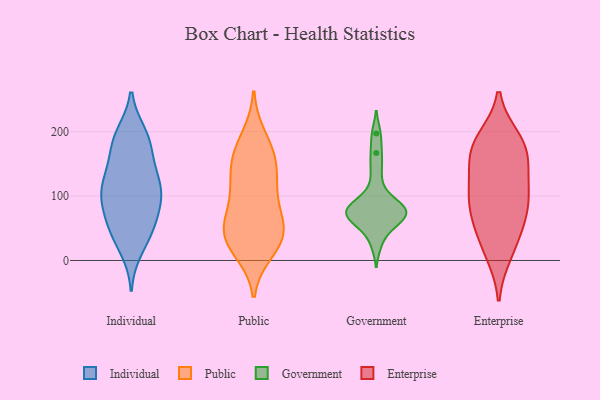
{"axis": {"x": "Budget (USD K)", "y": "Value"}, "legend": ["Enterprise", "Government", "Individual", "Public"], "data": [{"x": "", "y": 93, "type": "Individual"}, {"x": "", "y": 188, "type": "Individual"}, {"x": "", "y": 43, "type": "Individual"}, {"x": "", "y": 189, "type": "Individual"}, {"x": "", "y": 112, "type": "Individual"}, {"x": "", "y": 102, "type": "Individual"}, {"x": "", "y": 144, "type": "Individual"}, {"x": "", "y": 123, "type": "Individual"}, {"x": "", "y": 68, "type": "Individual"}, {"x": "", "y": 68, "type": "Individual"}, {"x": "", "y": 18, "type": "Individual"}, {"x": "", "y": 51, "type": "Individual"}, {"x": "", "y": 158, "type": "Individual"}, {"x": "", "y": 120, "type": "Individual"}, {"x": "", "y": 94, "type": "Individual"}, {"x": "", "y": 196, "type": "Individual"}, {"x": "", "y": 113, "type": "Individual"}, {"x": "", "y": 184, "type": "Individual"}, {"x": "", "y": 37, "type": "Individual"}, {"x": "", "y": 36, "type": "Public"}, {"x": "", "y": 171, "type": "Public"}, {"x": "", "y": 31, "type": "Public"}, {"x": "", "y": 113, "type": "Public"}, {"x": "", "y": 128, "type": "Public"}, {"x": "", "y": 33, "type": "Public"}, {"x": "", "y": 30, "type": "Public"}, {"x": "", "y": 57, "type": "Public"}, {"x": "", "y": 158, "type": "Public"}, {"x": "", "y": 59, "type": "Public"}, {"x": "", "y": 128, "type": "Public"}, {"x": "", "y": 191, "type": "Public"}, {"x": "", "y": 15, "type": "Public"}, {"x": "", "y": 161, "type": "Public"}, {"x": "", "y": 66, "type": "Public"}, {"x": "", "y": 91, "type": "Public"}, {"x": "", "y": 82, "type": "Government"}, {"x": "", "y": 197, "type": "Government"}, {"x": "", "y": 56, "type": "Government"}, {"x": "", "y": 72, "type": "Government"}, {"x": "", "y": 52, "type": "Government"}, {"x": "", "y": 110, "type": "Government"}, {"x": "", "y": 72, "type": "Government"}, {"x": "", "y": 141, "type": "Government"}, {"x": "", "y": 83, "type": "Government"}, {"x": "", "y": 83, "type": "Government"}, {"x": "", "y": 72, "type": "Government"}, {"x": "", "y": 88, "type": "Government"}, {"x": "", "y": 167, "type": "Government"}, {"x": "", "y": 25, "type": "Government"}, {"x": "", "y": 64, "type": "Government"}, {"x": "", "y": 91, "type": "Enterprise"}, {"x": "", "y": 159, "type": "Enterprise"}, {"x": "", "y": 70, "type": "Enterprise"}, {"x": "", "y": 176, "type": "Enterprise"}, {"x": "", "y": 68, "type": "Enterprise"}, {"x": "", "y": 123, "type": "Enterprise"}, {"x": "", "y": 97, "type": "Enterprise"}, {"x": "", "y": 139, "type": "Enterprise"}, {"x": "", "y": 177, "type": "Enterprise"}, {"x": "", "y": 20, "type": "Enterprise"}, {"x": "", "y": 105, "type": "Enterprise"}, {"x": "", "y": 48, "type": "Enterprise"}, {"x": "", "y": 11, "type": "Enterprise"}, {"x": "", "y": 188, "type": "Enterprise"}, {"x": "", "y": 181, "type": "Enterprise"}]}